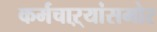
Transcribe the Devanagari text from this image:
कर्मचाऱ्यांसमोर